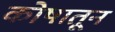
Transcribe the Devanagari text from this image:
कोषातून